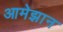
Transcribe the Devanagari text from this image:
आमेझान